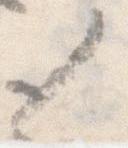
々